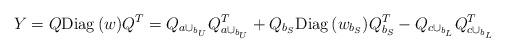
LaTeX: \begin{align*}Y=Q{\rm Diag}\,(w) Q^T=Q_{a\cup_{b_U}}Q_{a\cup_{b_U}}^T+Q_{b_S}{\rm Diag}\,(w_{b_S}) Q^T_{b_S}-Q_{c\cup_{b_L}}Q_{c\cup_{b_L}}^T\end{align*}